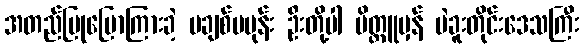
အတည်ပြုပြောကြားခဲ့ မချစ်မမုန်း ဦးတို့ပါ မိတ္တူမှန် ပဲခူးတိုင်းဒေသကြီး